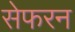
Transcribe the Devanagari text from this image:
सेफरन